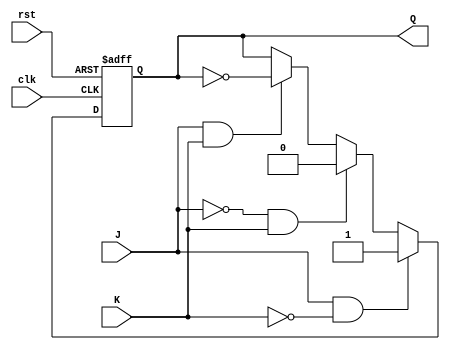
module JK_ff (
    input J,
    input K,
    input clk,
    input rst,
    output reg Q
);

always @(posedge clk or posedge rst) begin
    if (rst) begin
        Q <= 0;
    end else begin
        if (J & !K) begin
            Q <= 1;
        end else if (!J & K) begin
            Q <= 0;
        end else if (J & K) begin
            Q <= ~Q;
        end
    end
end

endmodule